Annual report of the Punjab Veterinary College and of the Civil Veterinary Department, Punjab - 1909-1919
Year: 1909
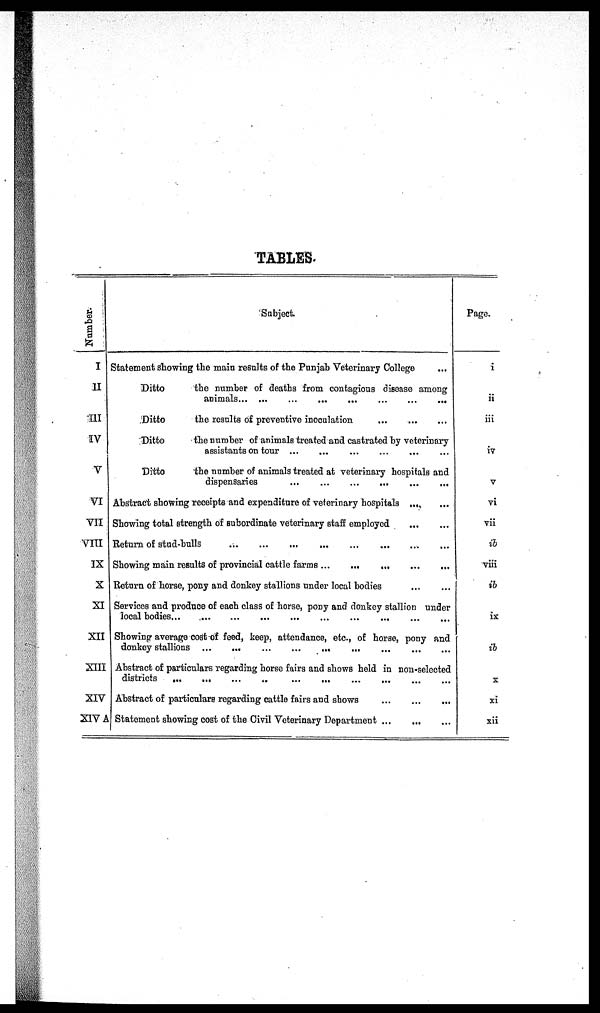
TABLES.
Number.
I
II
III
IV
V
VI
VII
VIII
IX
X
XI
XII
XIII
XIV
XIV A
Subject
Statement Showing the main results of the Punjab Veterinary College
Ditto
the number of deaths from contagious disease among
animals... ...
...
...
...
...
...
...
Ditto
the results of preventive inoculation … … …
Ditto
the number of animals treated and castrated by veterinary
assistants on tour … … … … … … … … …
Ditto
the number of animals treated at veterinary hospitals and
dispensaries … … … … … … … … …
Abstract showing receipts and expenditure of veterinary hospitals … …
Showing total strength of subordinate veterinary staff employed … … …
Return of stud-bulls
…
…
…
…
…
…
…
…
…
Showing main results of provincial cattle farms ...
…
…
…
…
Return of horse, pony and donkey stallions under local bodies … … …
Services and produce of each class of horse, pony and donkey stallion under
local bodies
…
…
…
…
…
…
…
…
…...
Showing average cost of feed, keep, attendance, etc., of horse, pony and
donkey stallions ...
...
…
…
…
…
…
Abstract of particulars regarding horse fairs and shows held in non-selected
districts
…
…
…
…
…
…
…
…
…
Abstract of particulars regarding cattle fairs and shows
…
…
…
Statement showing cost of the Civil Veterinary Department … … …
Page.
i
ii
iii
iv
v
vi
vii
ib
viii
ib
ix
ib
x
xi
xii